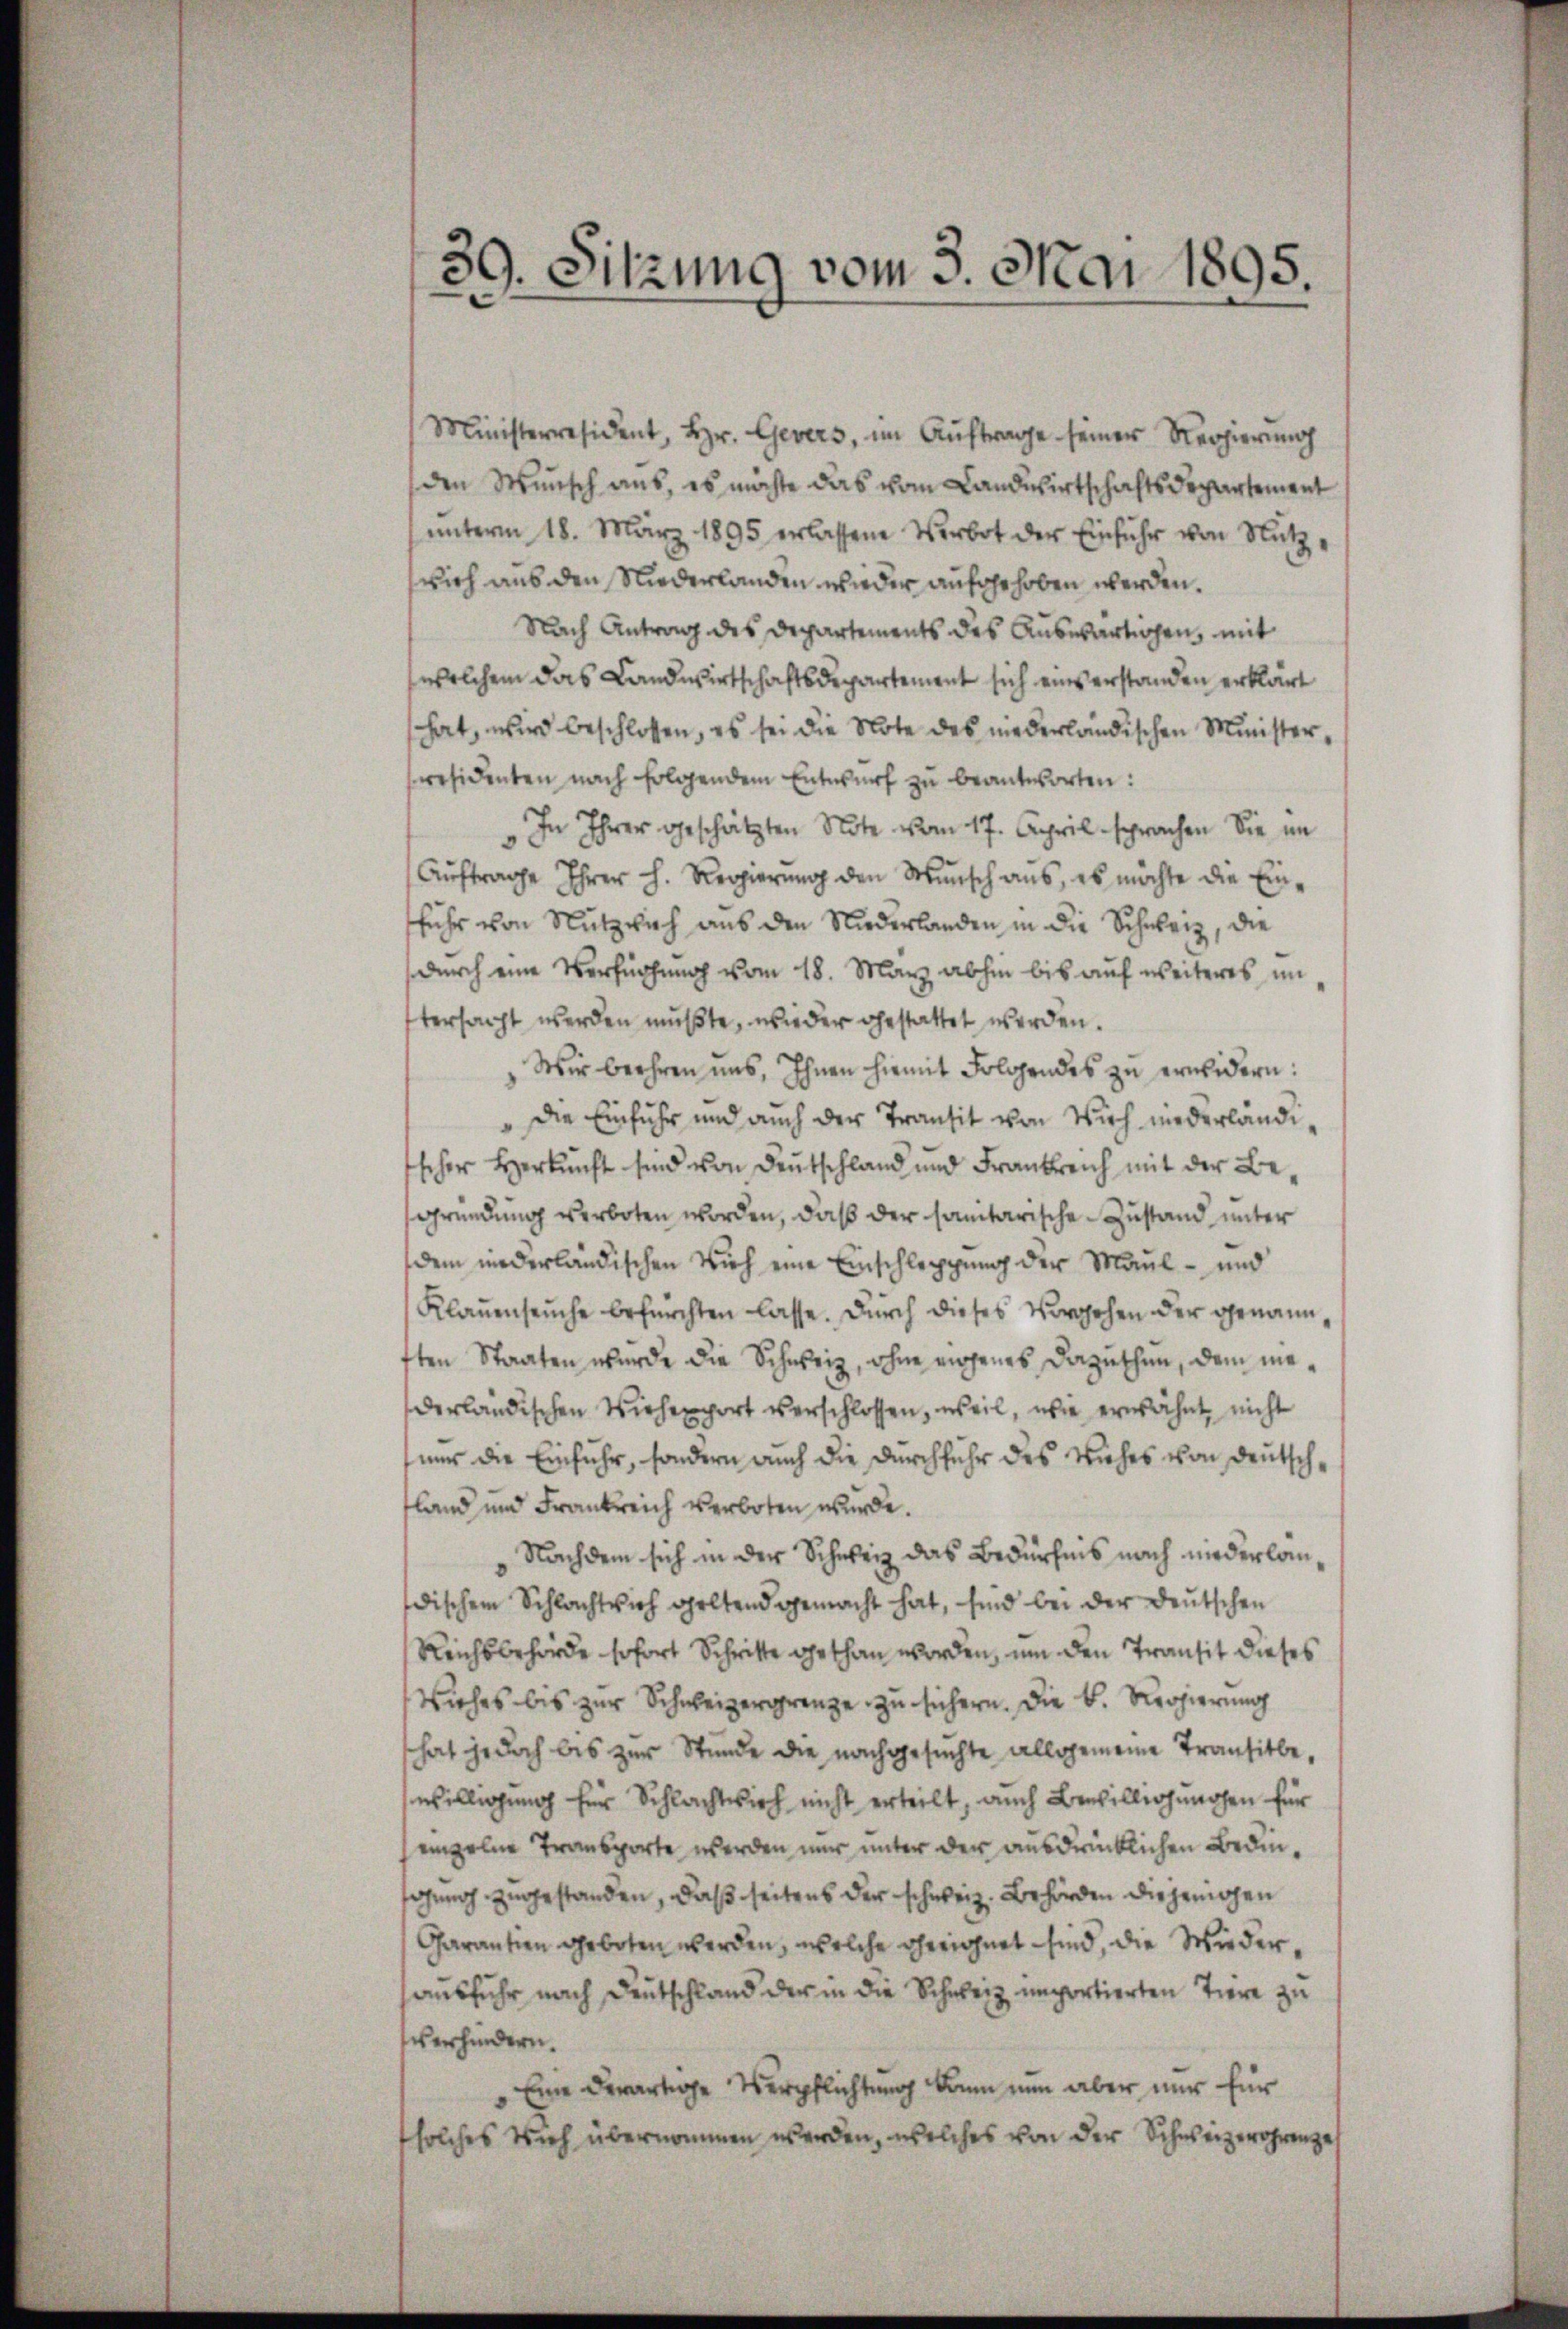
39. Sitzung vom 3. Mai 1895.

Ministerresident, Hr. Gevers, im Aŭftrage seiner Regierŭng
den Wunsch aus, es möchte das vom Landwirtschaftsdepartement
ŭnterm 18. März 1895 erlassene Verbot der Einführ von Nutz-
wich aus den Niederlanden wieder aufgehoben werden.
Nach Antrag des Departements des Auswärtigen, mit
welchem das Landwirtschaftsdepartement sich einserstanden erklärt
hat, wird beschlossen, es sei die Note des niederländischen Ministerresidenten nach folgendem Entwŭrf zŭ beantworten:
" In Ihrer geschätzten Note vom 17. April sprachen Sie im
Aŭftrage Ihrer h. Regierŭng den Wŭnsch ans, es möchte die Einsehr von Nutzeich aus den Niederlanden in die Schweiz, die
durch eine Verfügung vom 18. März abhin bis auf weiteres im
tersacht werden mußte, wieder gestattet werden.
Wir beehren uns, Ihnen hiemit Folgendes zu erwidern:
Die Einfuhr und auch der Transit von Vich niederländischer Herkunft sind von Deutschland und Frankreich mit der Begründung verboten worden, daß der sanitarische Zustand unter
dem niederländischen Vieh eine Einschleppung der Maul- und
Klaŭenseuche befürchten lasse. Durch dieses Vorgehen der genannften Staaten wurde die Schweiz, ohne eigenes Dazuthen, dem maderländischen Viehenport verschlossen, weil, wie erwähnt, nicht
nur die Einfuhr, sondern auch die Durchfuhr des Viehes von Deutschfland und Frankreich verboten wurde.
Nachdem sich in der Schweiz das Bedürfnis nach niederlandischen Schlachtvieh geltend gemacht hat, sind bei der deutschen
Reichsbehörde sofort Schritte gethan worden, um den Transit dieses
Wieses bis zur Schweizergrenze zu sichern. Die k. Regierung
hat jedoch bis zur Stunde die nachgesuchte allgemeine Transitbewilligung für Schlacht sich nicht erteilt, auch Bewilligungen für
einzelne Transporte werden nur unter der ausdrücklichen Bedingung zugestanden, daß seitens der schweiz. Behörden diejenigen
Carantien geboten werden, welche geeichnet sind, die Wiedersausfuhr nach Deutschland der in die Schweiz importierten Tiere zu
verhindern.
Eine derartige Verpflichtung kann nun aber nur für
solches sich übernommen werden, welches von der Schweizerohrenze